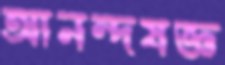
আনন্দযজ্ঞ